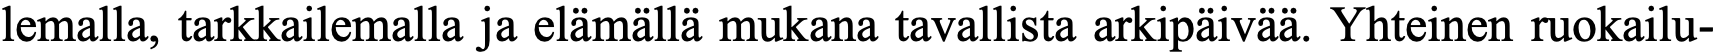
lemalla, tarkkailemalla ja elämällä mukana tavallista arkipäivää. Yhteinen ruokailu-